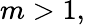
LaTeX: m>1,